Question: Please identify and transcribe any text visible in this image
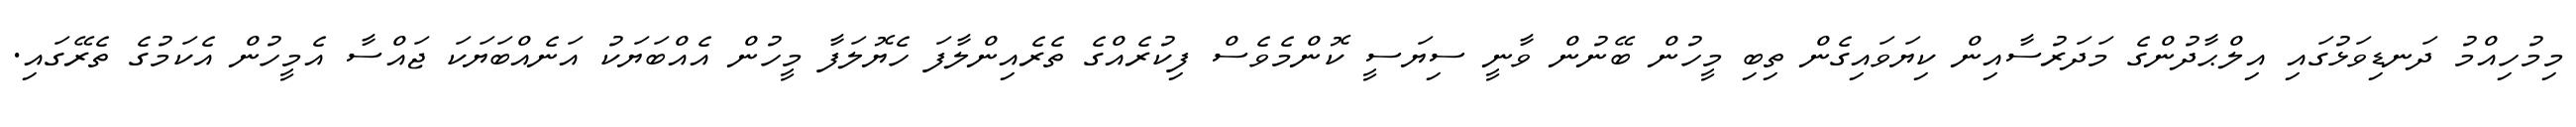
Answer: މިމުހިއްމު ދަނޑިވަޅުގައި އިލްޙާދުންގެ މަދަރުސާއިން ކިޔަވައިގެން ތިބި މީހުން ބޭނުން ވާނީ ސިޔަސީ ކޮންމެވެސް ފިކުރެއްގެ ތެރެއިންލާފަ ހެޔޮލަފާ މީހުން އެއްބަޔަކު އަނެއްބަޔަކަ ޖައްސާ އެމީހުން އެކަމުގެ ތެރޭގައި.